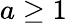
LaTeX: a\ge 1